Report of the Imperial Institute of Veterinary Research, Muktesar
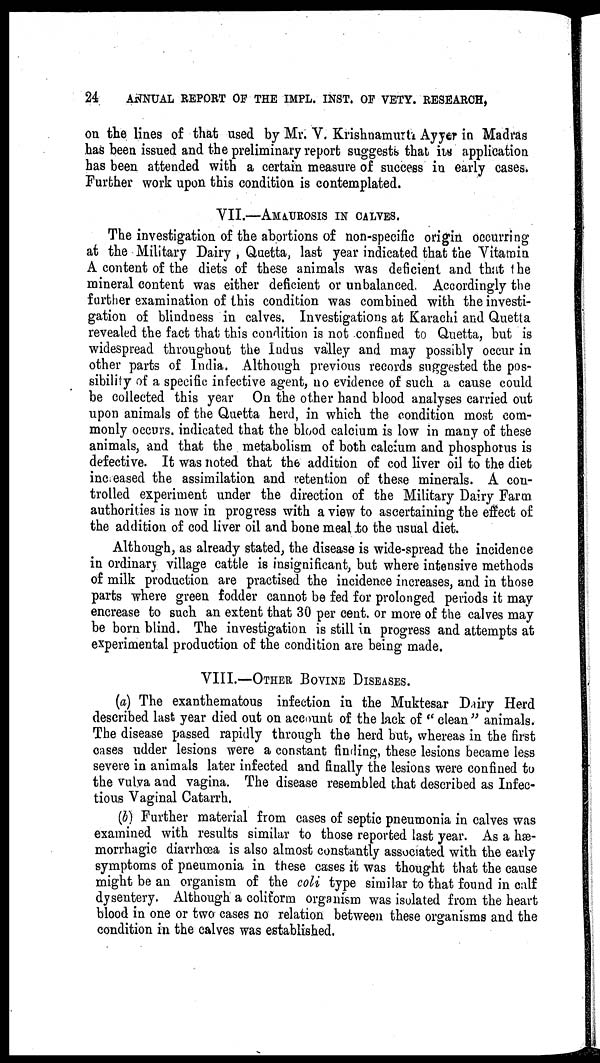
24
ANNUAL REPORT OF THE IMPL. INST. OF VETY. RESEARCH,
on the lines of that used by Mr. V. Krishnamurti Ayyer in Madras
has been issued and the preliminary report suggests that its application
has been attended with a certain measure of success in early cases.
Further work upon this condition is contemplated.
VII.—AMAUROSIS IN CALVES.
The investigation of the abortions of non-specific origin occurring
at the Military Dairy, Quetta, last year indicated that the Vitamin
A content of the diets of these animals was deficient and that the
mineral content was either deficient or unbalanced Accordingly the
further examination of this condition was combined with the investi-
gation of blindness in calves. Investigations at Karachi and Quetta
revealed the fact that this condition is not confined to Quetta, but is
widespread throughout the Indus valley and may possibly occur in
other parts of India. Although previous records suggested the pos-
sibility of a specific infective agent, no evidence of such a cause could
be collected this year On the other hand blood analyses carried out
upon animals of the Quetta herd, in which the condition most com-
monly occurs. indicated that the blood calcium is low in many of these
animals, and that the metabolism of both calcium and phosphorus is
defective. It was noted that the addition of cod liver oil to the diet
increased the assimilation and retention of these minerals. A con-
trolled experiment under the direction of the Military Dairy Farm
authorities is now in progress with a view to ascertaining the effect of
the addition of cod liver oil and bone meal to the usual diet.
Although, as already stated, the disease is wide-spread the incidence
in ordinary village cattle is insignificant, but where intensive methods
of milk production are practised the incidence increases, and in those
parts where green fodder cannot be fed for prolonged periods it may
encrease to such an extent that 30 per cent. or more of the calves may
be born blind. The investigation is still in progress and attempts at
experimental production of the condition are being made.
VIII.—OTHER BOVINE DISEASES.
(a) The exanthematous infection in the Muktesar Dairy Herd
described last year died out on account of the lack of " clean " animals.
The disease passed rapidly through the herd but, whereas in the first
cases udder lesions were a constant finding, these lesions became less
severe in animals later infected and finally the lesions were confined to
the vulva and vagina. The disease resembled that described as Infec-
tious Vaginal Catarrh.
(b) Further material from cases of septic pneumonia in calves was
examined with results similar to those reported last year. As a hæ¬
morrhagic diarrhœa is also almost constantly associated with the early
symptoms of pneumonia in these cases it was thought that the cause
might be an organism of the coli type similar to that found in calf
dysentery. Although a coliform organism was isolated from the heart
blood in one or two cases no relation between these organisms and the
condition in the calves was established.